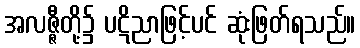
အလဇ္ဇီတို့၌ ပဋိညာဖြင့်ပင် ဆုံးဖြတ်ရသည်။